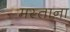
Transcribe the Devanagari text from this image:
मस्‍ताना